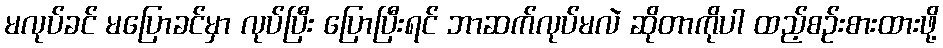
မလုပ်ခင် မပြောခင်မှာ လုပ်ပြီး ပြောပြီးရင် ဘာဆက်လုပ်မလဲ ဆိုတာကိုပါ ထည့်စဉ်းစားထားဖို့